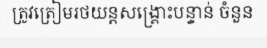
ត្រូវត្រៀមរថយន្តសង្គ្រោះបន្ទាន់ ចំនួន